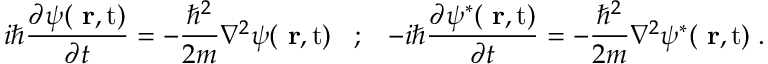
i \hbar \frac { \partial \psi ( \mathrm { { \bf ~ r } , t } ) } { \partial t } = - \frac { \hbar ^ { 2 } } { 2 m } \nabla ^ { 2 } \psi ( \mathrm { { \bf ~ r } , t } ) \; \; \; ; \; \; \; - i \hbar \frac { \partial \psi ^ { * } ( \mathrm { { \bf ~ r } , t } ) } { \partial t } = - \frac { \hbar ^ { 2 } } { 2 m } \nabla ^ { 2 } \psi ^ { * } ( \mathrm { { \bf ~ r } , t } ) \; .